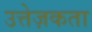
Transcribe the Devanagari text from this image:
उत्तेज़कता